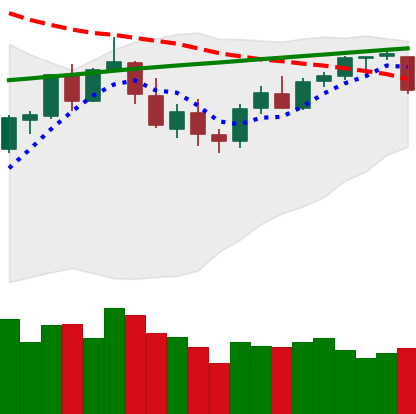
Ticker: BTC-USD
Chart end date: 2018-03-06
Forward return: -11.144%
Label: down_7plus